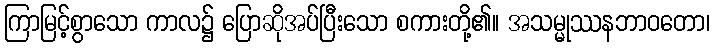
ကြာမြင့်စွာသော ကာလ၌ ပြောဆိုအပ်ပြီးသော စကားတို့၏။ အသမ္မုဿနဘာဝတော၊